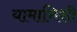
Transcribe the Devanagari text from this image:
यामागिशी